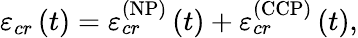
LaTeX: \varepsilon_{cr}\left(t\right)=\varepsilon_{cr}^{\left(\mathrm{NP}\right)}\left(t\right)+\varepsilon_{cr}^{\left(\mathrm{CCP}\right)}\left(t\right),